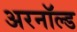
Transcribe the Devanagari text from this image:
अरनॉल्‍ड